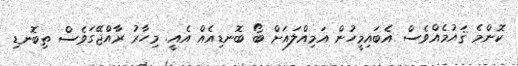
ކޮންމެ ޤައުމެއްވެސް އެބައިމީހުން އަމިއްލައަށް ބޯ ބޮނޑިއެއް އެއީ. މިހާރު ރާއްޖޭގަވެސް ތިބޮނޑި